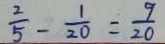
\frac { 2 } { 5 } - \frac { 1 } { 2 0 } = \frac { 9 } { 2 0 }